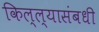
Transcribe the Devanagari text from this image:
किल्ल्यासंबधी